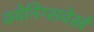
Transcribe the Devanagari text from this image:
क्येनिग्सवेर्ख